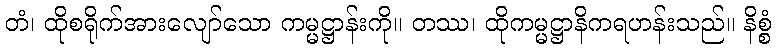
တံ၊ ထိုစရိုက်အားလျော်သော ကမ္မဋ္ဌာန်းကို။ တဿ၊ ထိုကမ္မဋ္ဌာနိကရဟန်းသည်။ နိစ္စံ